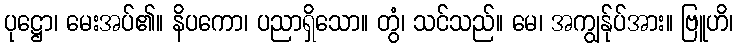
ပုဋ္ဌော၊ မေးအပ်၏။ နိပကော၊ ပညာရှိသော။ တွံ၊ သင်သည်။ မေ၊ အကျွန်ုပ်အား။ ဗြူဟိ၊